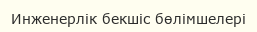
Инженерлік бекшіс бөлімшелері